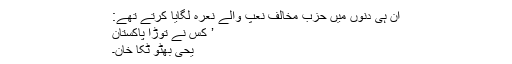
ان ہی دنوں میں حزب مخالف نعپ والے نعرہ لگایا کرتے تھے:
’ کس نے توڑا پاکستان
یحی بھٹو ٹکا خان۔